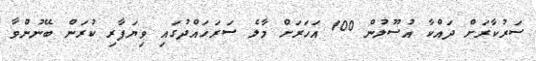
ސަރުކާރަށް ދައްކާ އުސޫލުން 100 އަހަރަށް މާލެ ސަރަހައްދުގައި ވިޔަފާރި ކުރަން ބޭނުންވާ